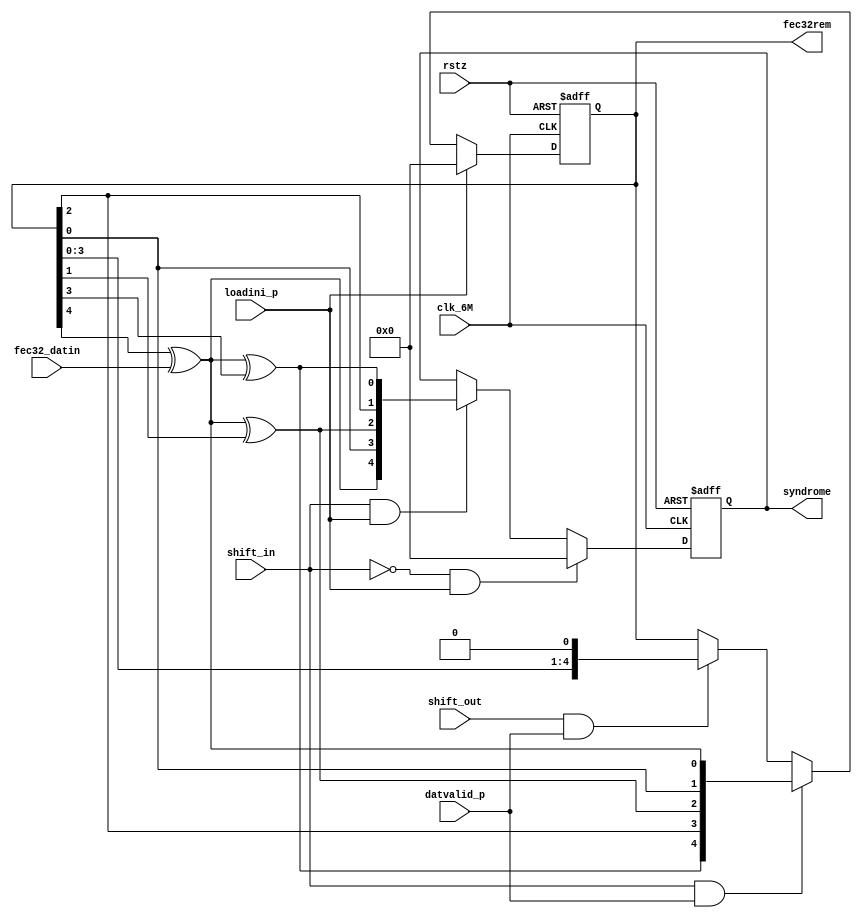
module fec32(
clk_6M, rstz,
loadini_p, shift_in, shift_out, datvalid_p,
fec32_datin,
fec32rem,
syndrome

);

input clk_6M, rstz;
input loadini_p, shift_in, shift_out, datvalid_p;
input fec32_datin;
output [4:0] fec32rem;
output [4:0] syndrome;         

// fec32 encode
wire fec32remout_fb;
reg [4:0] fec32rem;
always @(posedge clk_6M or negedge rstz)
begin
  if (!rstz)
     fec32rem <= 0;
  else if (loadini_p)
     fec32rem <= 0;
  else if (shift_in & datvalid_p)
    begin
     fec32rem <= {fec32remout_fb^fec32rem[3], fec32rem[2], fec32remout_fb^fec32rem[1], fec32rem[0], fec32remout_fb};
    end                
  else if (shift_out & datvalid_p)
    begin
     fec32rem <= {fec32rem[3:0], 1'b0};
    end                
end

assign fec32remout_fb = fec32rem[4] ^ fec32_datin;

//
reg [4:0] syndrome;         
always @(posedge clk_6M or negedge rstz)
begin
  if (!rstz)
     syndrome <= 0;
  else if (!shift_in & loadini_p)
     syndrome <= 0;
  else if (shift_in & loadini_p) // & (!pk_encode))
     syndrome <= {fec32remout_fb, fec32rem[0], fec32remout_fb^fec32rem[1], fec32rem[2], fec32remout_fb^fec32rem[3] };
//     syndrome <= {fec32remout_fb^fec32rem[3], fec32rem[2], fec32remout_fb^fec32rem[1], fec32rem[0], fec32remout_fb};
end

endmodule